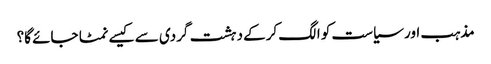
مذہب اور سیاست کو الگ کرکے دہشت گردی سے کیسے نمٹا جائے گا؟